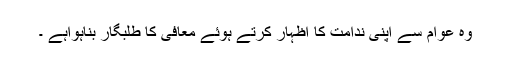
وہ عوام سے اپنی ندامت کا اظہار کرتے ہوئے معافی کا طلبگار بناہواہے ۔